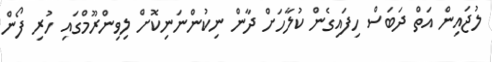
ލުޖައިން އަތް ދަބަސް ހިފައިގެން ކުލާހަށް ދާން ނިކުންނަނިކޮށް ލިވިންރޫމްގައި ހުރި ފޯން